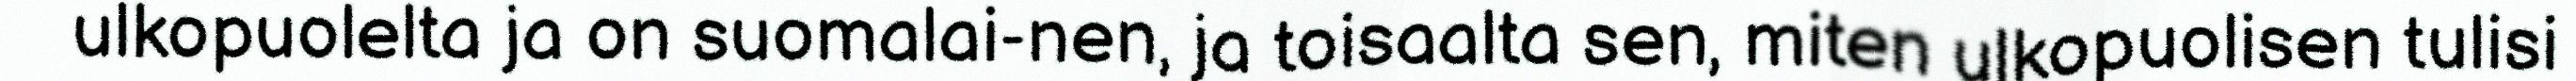
ulkopuolelta ja on suomalai-nen, ja toisaalta sen, miten ulkopuolisen tulisi